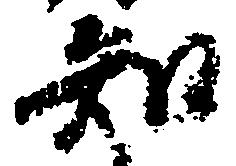
知